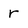
Character: r